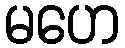
မဟေ